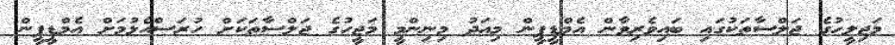
މަޖިލީހުގެ ޖަލްސާތަކުގައި ބައިވެރިވާން އެމްޑީޕީން މިއަދު މިނިންމީ މަޖީހުގެ ޖަލްސާތަކަށް ހުރަސްއެޅުމަށް އެމްޑީޕީން